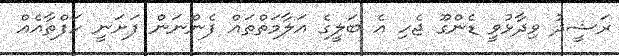
ރަޝީދު ވިދާޅުވީ ޑެންގޫ ޖެހި އެ ބަލީގެ އަލާމަތްތައް ފެންނަން ފަށަނީ ހަފްތާއެއް